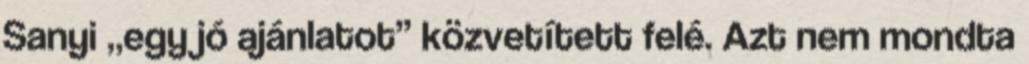
Sanyi „egy jó ajánlatot” közvetített felé. Azt nem mondta